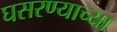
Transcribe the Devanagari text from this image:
घसरण्याच्या